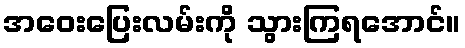
အဝေးပြေးလမ်းကို သွားကြရအောင်။